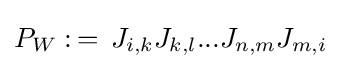
P_{W}:\,=\,J_{i,k}J_{k,l}...J_{n,m}J_{m,i}